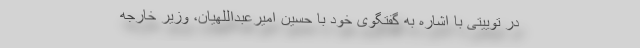
در توییتی با اشاره به گفتگوی خود با حسین امیرعبداللهیان، وزیر خارجه